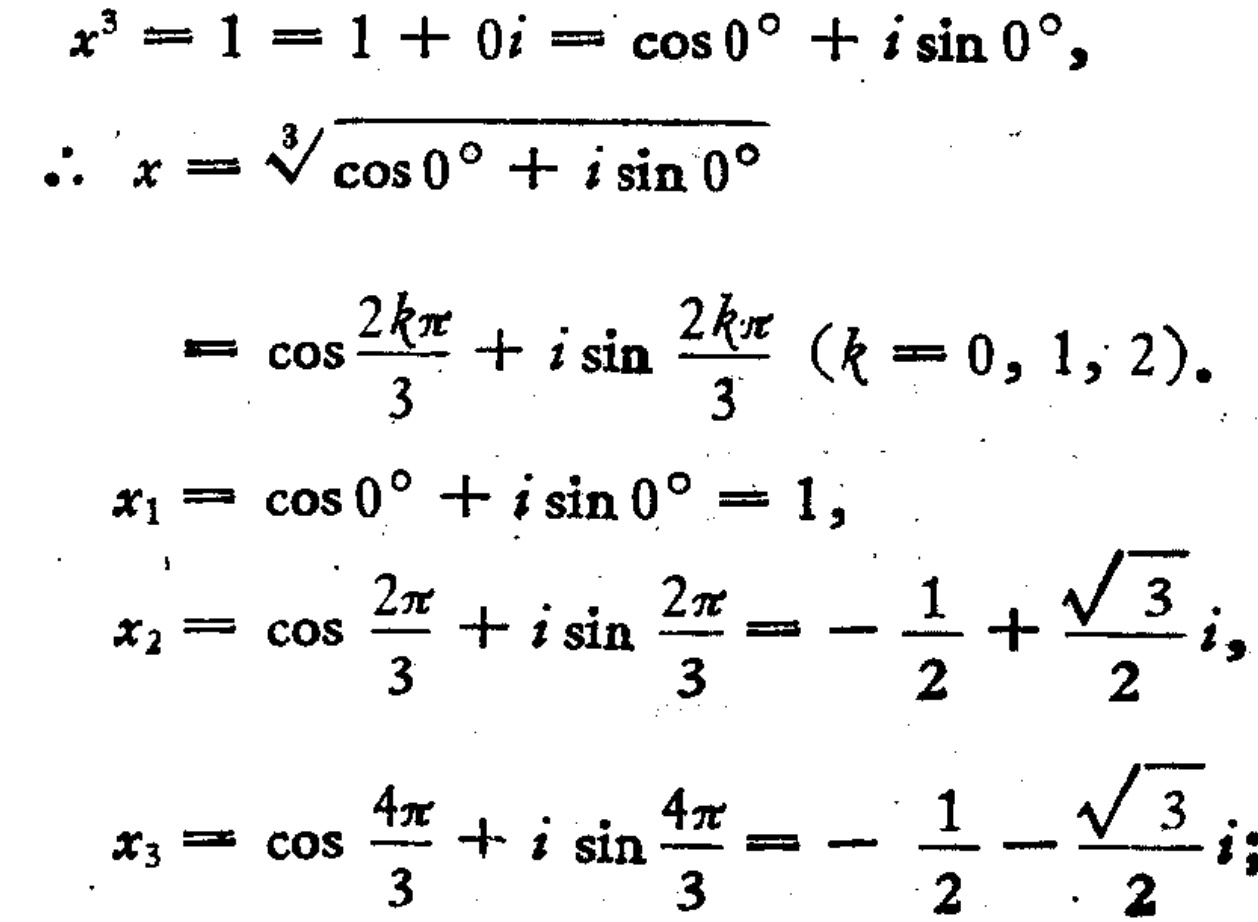
\[

\begin{align*}

x^{3}&=1 = 1 + 0i=\cos0^{\circ}+i\sin0^{\circ},\\

\therefore x&=\sqrt[3]{\cos0^{\circ}+i\sin0^{\circ}}\\

&=\cos\frac{2k\pi}{3}+i\sin\frac{2k\pi}{3}\ (k = 0,1,2).\\

x_{1}&=\cos0^{\circ}+i\sin0^{\circ}=1,\\

x_{2}&=\cos\frac{2\pi}{3}+i\sin\frac{2\pi}{3}=-\frac{1}{2}+\frac{\sqrt{3}}{2}i,\\

x_{3}&=\cos\frac{4\pi}{3}+i\sin\frac{4\pi}{3}=-\frac{1}{2}-\frac{\sqrt{3}}{2}i.

\end{align*}

\]